Lunatic asylums in Bengal annual reports 1888-1898 - 1888-1898
Year: 1888
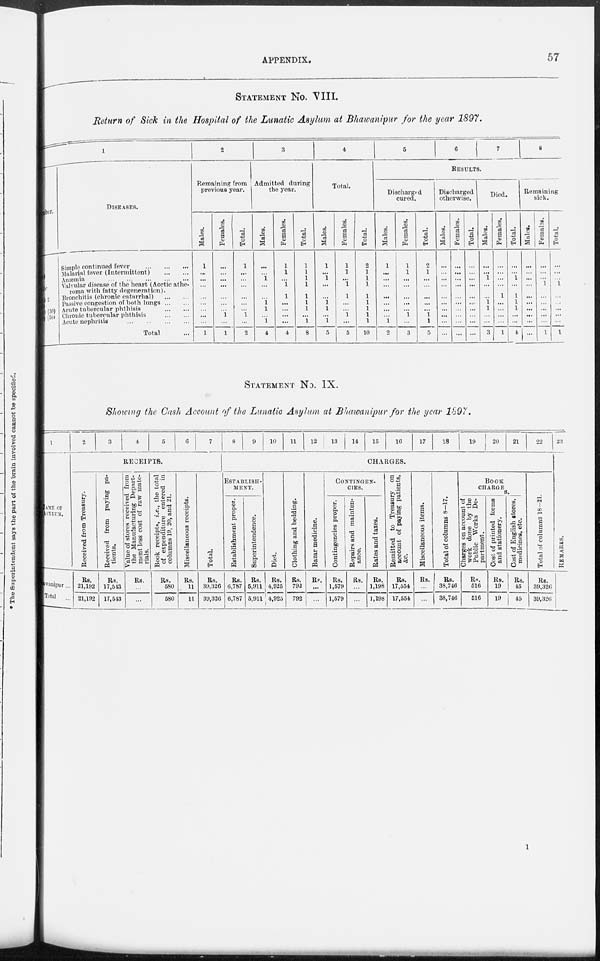
APPENDIX.
57
STATEMENT No. VIII.
Return of Sick in the Hospital of the Lunatic Asylum at Bhawanipur for the year 1897.
1
ber.
2
(30)
(30)
DISEASES.
Simple continued fever
... ... ...
Malarial fever (Intermittent)
... ...
Anæmia
... ... ... ... ...
Valvular disease of the heart (Aortic athe-
roma with fatty degeneration).
Bronchitis (chronic catarrhal)
... ...
Passive congestion of both lungs ... ...
Acute tubercular phthisis
...
...
Chronic tubercular phthisis
...
...
Acute nephritis ... ... ...
Total ...
2
Remaining from
previous year.
Males.
1
...
...
...
...
...
...
...
...
1
Females.
...
...
...
...
...
...
...
1
...
1
Total.
1
...
...
...
...
...
...
1
...
2
3
Admitted during
the year.
Males.
...
...
1
...
...
1
1
... 1
4
Females.
1
1
...
1
1
...
...
...
...
4
Total.
1
1
1
1
1
1
1
... 1
8
4
Total.
Males.
1
...
1
...
...
1
1
... 1
5
Females.
1
1
...
1
1
...
...
1
...
5
Total.
2
1
1
1
1
1
1
1
1
10
5
6
7 8
RESULTS.
Discharged
cured.
Males.
1
...
...
...
...
...
...
... 1
2
Females.
1
1
...
...
...
...
...
1
...
3
Total.
2
1
...
...
...
...
...
1
1
5
Discharged
otherwise.
Males.
...
...
...
...
...
...
...
...
...
...
Females.
...
...
...
...
...
...
...
...
...
...
Total.
...
...
...
...
...
...
...
...
...
...
Died.
Males.
...
...
1
...
...
1 1
...
...
3
Females.
...
...
...
...
1
...
...
...
...
1
Total.
...
...
1
...
1
1
1
...
...
4
Remaining
sick.
Males.
...
...
...
...
...
...
...
...
...
...
Females.
...
...
...
1
...
...
...
...
...
1
Total.
...
...
...
1
...
...
...
...
...
1
STATEMENT No. IX.
Showing the Cash Account of the Lunatic Asylum at Bhawanipur for the year 1897.
1
NAME OF
ASYLUM.
wanipur...
Total ...
2
3
4
5
6
7
RECEIPTS.
Received from Treasury.
Rs.
21,192
21,192
Received from paying pa-
tients.
Rs.
17,543
17,543
Value of stores received from
the Manufacturing Depart-
ment less cost of raw mate-
rials.
Rs.
...
...
Book receipts, i.e., the total
of expenditure entered in
columns 19, 20, and 21.
Rs.
580
580
Miscellaneous receipts.
Rs.
11
11
Total.
Rs.
39,326
39,326
8
9
10
11
12
13
14
15
16
17
18
19
20
21
22
CHARGES.
ESTABLISH-
----.
Establishment proper.
Rs.
6,787
6,787
Superintendence.
Rs.
5,911
5,911
Diet.
Rs.
4,925
4,925
Clothing and bedding.
Rs.
792
792
Bazar medicine.
Rs.
...
...
CONTINGEN-
CIES.
Contingencies proper.
Rs.
1,579
1,579
Repairs and mainten-
ance.
Rs.
...
...
Rates and taxes.
Rs.
1,198
1,198
Remitted to Treasury on
account of paying patients,
&c.
Rs.
17,554
17,554
Miscellaneous items.
Rs.
...
...
Total of columns 8—17.
Rs.
38,746
38,746
BOOK
CHARGES.
Charges on account of
work done by the
Public Works De-
partment.
Rs.
516
516
Cost of printed forms
and stationery.
Rs.
19
19
Cost of English stores,
medicines, etc.
Rs.
45
45
Total of columns 18—21.
Rs.
39,326
39,326
23
REMARKS.
1